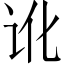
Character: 讹